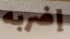
إضربه